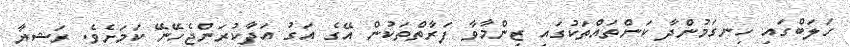
ހަލަބްގައި ހިނގަމުންދާ ކަންތައްތަކުގައި ޒިންމާވާ ފަރާތްތަކުން އޭގެ އަގު އަދާކުރަންޖެހޭނޭ ކަމަށެވެ. ރަޝިޔާ